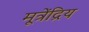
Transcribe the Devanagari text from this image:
मूत्रेंद्रिय